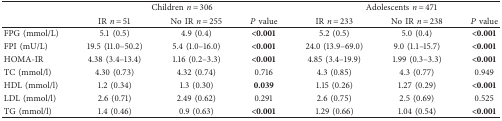
<table><thead><tr><td rowspan="2"><b> </b></td><td colspan="3"><b>Children <i>n</i> = 306</b></td><td colspan="3"><b>Adolescents <i>n</i> = 471</b></td></tr><tr><td><b>IR <i>n</i> = 51</b></td><td><b>No IR <i>n</i> = 255</b></td><td><b><i>P</i> value</b></td><td><b>IR <i>n</i> = 233</b></td><td><b>No IR <i>n</i> = 238</b></td><td><b><i>P</i> value</b></td></tr></thead><tbody><tr><td>FPG (mmol/L)</td><td>5.1 (0.5)</td><td>4.9 (0.4)</td><td><b>&lt;0.001</b></td><td>5.2 (0.5)</td><td>5.0 (0.4)</td><td><b>&lt;0.001</b></td></tr><tr><td>FPI (mU/L)</td><td>19.5 (11.0–50.2)</td><td>5.4 (1.0–16.0)</td><td><b>&lt;0.001</b></td><td>24.0 (13.9–69.0)</td><td>9.0 (1.1–15.7)</td><td><b>&lt;0.001</b></td></tr><tr><td>HOMA-IR</td><td>4.38 (3.4–13.4)</td><td>1.16 (0.2–3.3)</td><td><b>&lt;0.001</b></td><td>4.85 (3.4–19.9)</td><td>1.99 (0.3–3.3)</td><td><b>&lt;0.001</b></td></tr><tr><td>TC (mmol/l)</td><td>4.30 (0.73)</td><td>4.32 (0.74)</td><td>0.716</td><td>4.3 (0.85)</td><td>4.3 (0.77)</td><td>0.949</td></tr><tr><td>HDL (mmol/l)</td><td>1.2 (0.34)</td><td>1.3 (0.30)</td><td><b>0.039</b></td><td>1.15 (0.26)</td><td>1.27 (0.29)</td><td><b>&lt;0.001</b></td></tr><tr><td>LDL (mmol/l)</td><td>2.6 (0.71)</td><td>2.49 (0.62)</td><td>0.291</td><td>2.6 (0.75)</td><td>2.5 (0.69)</td><td>0.525</td></tr><tr><td>TG (mmol/l)</td><td>1.4 (0.46)</td><td>0.9 (0.63)</td><td><b>&lt;0.001</b></td><td>1.29 (0.66)</td><td>1.04 (0.54)</td><td><b>&lt;0.001</b></td></tr></tbody></table>